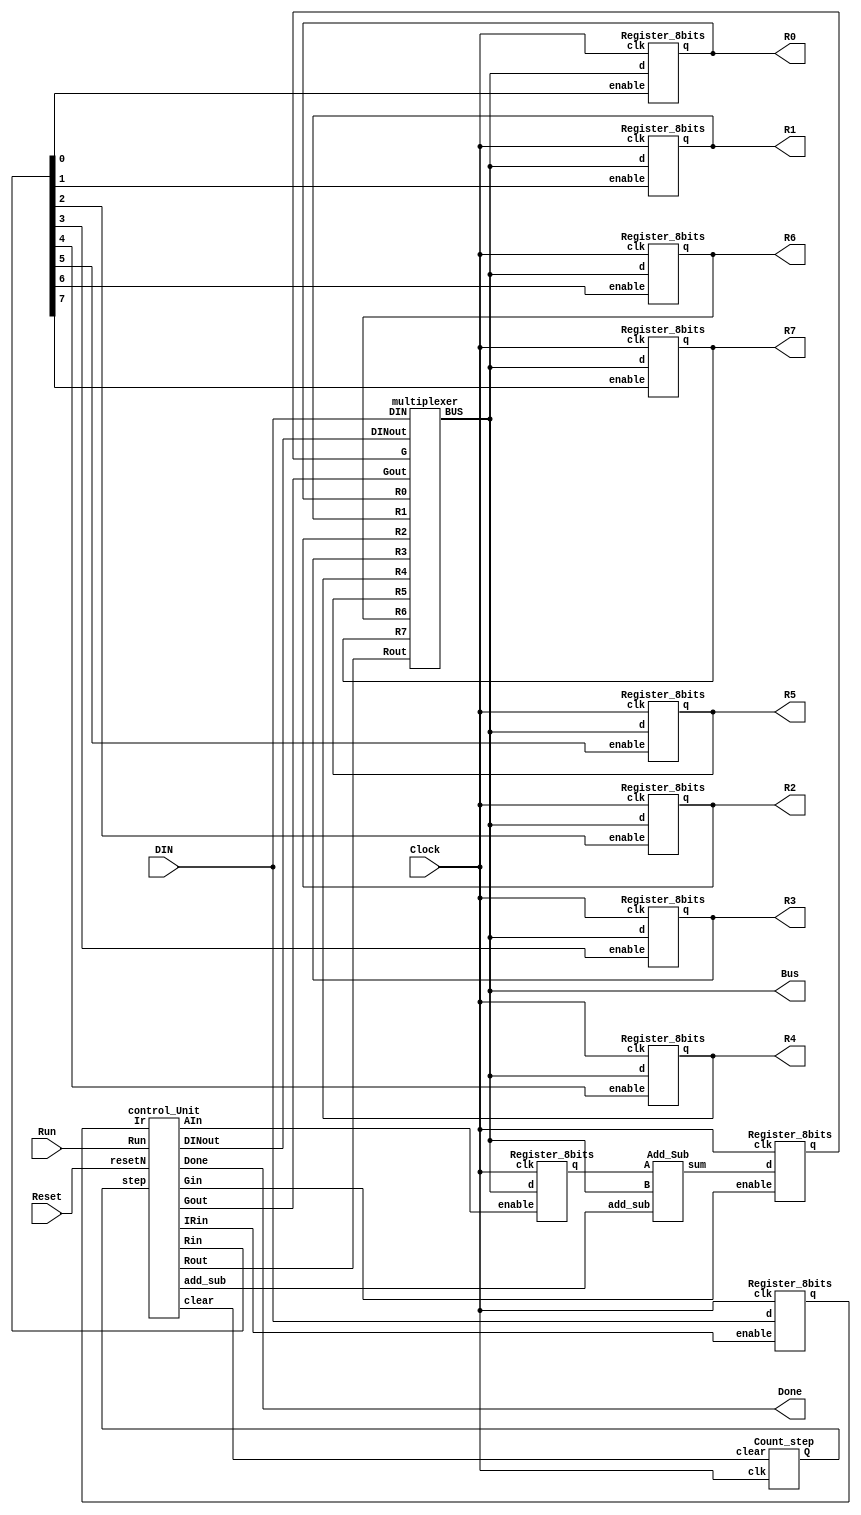
module proc(
	// Input signals
	DIN,
	Reset,
	Clock,
	Run,
	// Output signals
	Done,
	Bus,
	R0,
	R1,
	R2,
	R3,
	R4,
	R5,
	R6,
	R7
);
//---------------------------------------------------------------------
//   INPUT AND OUTPUT DECLARATION                         
//---------------------------------------------------------------------
input [7:0]DIN;
input Reset, Clock, Run;
output Done;
output [7:0]Bus;
output [7:0]R0, R1, R2, R3, R4, R5, R6, R7;

//---------------------------------------------------------------------
//  STRUCTURE CODING                         
//---------------------------------------------------------------------

wire [7:0] Gd,Gq,Aq,IRq;
wire [7:0] Rin,Rout;
wire [1:0] step;

wire clear,IRin,Gin,Gout,DINOut,AIn,add_sub;

//register assign:clock/enable/wire/data
Register_8bits r0(Clock,Rin[0],Bus,R0); 
Register_8bits r1(Clock,Rin[1],Bus,R1);
Register_8bits r2(Clock,Rin[2],Bus,R2);
Register_8bits r3(Clock,Rin[3],Bus,R3);
Register_8bits r4(Clock,Rin[4],Bus,R4);
Register_8bits r5(Clock,Rin[5],Bus,R5);
Register_8bits r6(Clock,Rin[6],Bus,R6);
Register_8bits r7(Clock,Rin[7],Bus,R7);

//Add_sub unit
Register_8bits A(Clock,AIn,Bus,Aq);
Register_8bits G(Clock,Gin,Gd,Gq);
Add_Sub Addsub(add_sub,Aq,Bus,Gd);

multiplexer M(Rout,Gout,DINOut,DIN,R0,R1,R2,R3,R4,R5,R6,R7,Gq,Bus);

Register_8bits ir(Clock,IRin,DIN,IRq); //get Instruction

Count_step stepUpdate(Clock,clear,step); 

control_Unit CU(IRq,Run,Reset,step,clear,IRin,Rout,Gout,DINOut,Rin,AIn,Gin,add_sub,Done);

endmodule


module Register_8bits(clk,enable,d,q);
input clk,enable;
input [7:0]d;
output reg[7:0]q;

always @(posedge clk) begin
	if(enable)
		q<=d;
	else
		q<=q;
end

endmodule


module Count_step(clk,clear,Q);
input clk,clear;
output reg[1:0] Q;

always @(posedge clk) begin
	if(clear==1'b1)
		Q<=Q+1;
	else
		Q<=0;
end

endmodule


module multiplexer(Rout,Gout,DINout,DIN,R0,R1,R2,R3,R4,R5,R6,R7,G,BUS);
input [7:0]Rout,G,DIN,R0,R1,R2,R3,R4,R5,R6,R7;
input Gout,DINout;
output reg[7:0]BUS;

always @(*) begin
	if(Gout) 
		BUS<=G;
	else if(DINout)
		BUS<=DIN;
	else if(Rout[0])
		BUS<=R0;
	else if(Rout[1])
		BUS<=R1;
	else if(Rout[2])
		BUS<=R2;
	else if(Rout[3])
		BUS<=R3;
	else if(Rout[4])
		BUS<=R4;
	else if(Rout[5])
		BUS<=R5;
	else if(Rout[6])
		BUS<=R6;
	else if(Rout[7])
		BUS<=R7;
	else BUS<=BUS;
end

endmodule
		

module Add_Sub(add_sub,A,B,sum);
input add_sub;
input [7:0]A,B;
output reg[7:0]  sum;

//add_sub=0 --> ADD
//add_sub=1 --> SUB
always @(add_sub,A,B) begin
	if(!add_sub)
		sum <= A+B;
	else
		sum <= A-B;
end

endmodule

module control_Unit(Ir,Run,resetN,step,clear,IRin,Rout,Gout,DINout,Rin,AIn,Gin,add_sub,Done);
input [7:0] Ir; //instruction
input Run,resetN;
input[1:0] step;
output clear,IRin,Gout,DINout,AIn,Gin,add_sub,Done;
output[7:0] Rout,Rin;

wire[7:0]x,y,rXOut,rYOut;
wire [1:0]op;

assign op = Ir[7: 6];

//one hot code
hot_code3_8 xIndex(Ir[5: 3],x); 
hot_code3_8 yIndex(Ir[2: 0],y);

assign rXOut = {8{step==1}}&{8{op[1]}}&x;
assign rYOut = ({8{step==1}}&{8{op==2'b00}}&y)|({8{step==2}}&{8{op[1]}}&y);
assign IRin = ((step==0)&Run) & resetN;
assign clear = resetN&(~((step==0)&(~Run)))&(~Done);
assign Gout = ((step==3)&(op[1]))&resetN;
assign DINout = ((step==1)&(op==2'b01))&resetN;
assign AIn = ((step==1)&(op[1]))& resetN;
assign Gin = ((step==2)&(op[1]))&resetN;
assign add_sub = (step==2)&(op==2'b11);
assign Done = ((~op[1])&(step==1))|((op[1])&(step==3));
assign Rout = (rXOut | rYOut) &{8{resetN}};
assign Rin = (({8{step==1}}&{8{~op[1]}}&x)|({8{step==3}}&{8{op[1]}}&x))&{8{resetN}};

endmodule

module hot_code3_8(d, y);
input[2: 0] d;
output reg[7: 0] y;

always @(d) begin
    case(d)
        3'b000: y=8'b00000001;
        3'b001: y=8'b00000010;
        3'b010: y=8'b00000100;
        3'b011: y=8'b00001000;
        3'b100: y=8'b00010000;
        3'b101: y=8'b00100000;
        3'b110: y=8'b01000000;
        3'b111: y=8'b10000000;
		  default:y=8'b00000000;
    endcase
end

endmodule